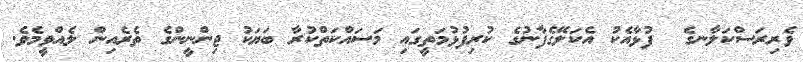
ވެރިރަސްކަލާނގެ  ފުޅާއެކު އެކަލޭގެފާނުގެ ކުރިފުޅުމަތީގައި މަސަައްކަތްކުރާ ބަޔަކު ޖިންނީންގެ ތެރެއިން ލެއްވީމެވެ.